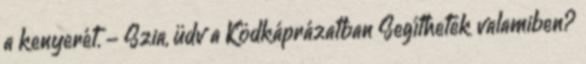
a kenyerét. - Szia, üdv a Ködkáprázatban Segíthetek valamiben?